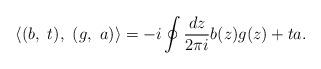
LaTeX: \begin{align*}\langle (b,\ t), \ (g, \ a) \rangle =-i\oint\frac{dz}{2\pi i}b(z)g(z)+ta.\end{align*}